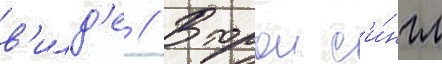
в'илд'е // Второи с'и́нгл